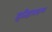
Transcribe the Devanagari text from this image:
इतिहासग्रन्थ